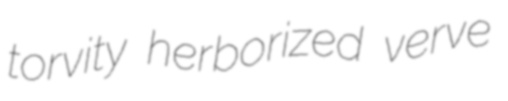
torvity herborized verve